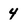
Character: 4